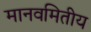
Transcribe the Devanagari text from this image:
मानवमितीय